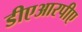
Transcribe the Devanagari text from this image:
डीएआरपीए